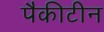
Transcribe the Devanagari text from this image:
पैकीटीन